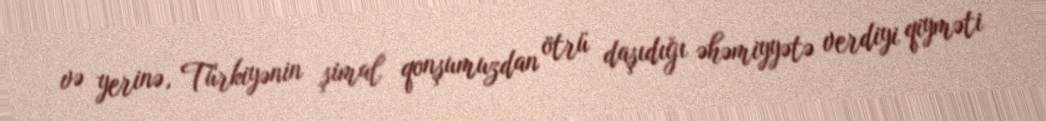
və yerinə, Türkiyənin şimal qonşumuzdan ötrü daşıdığı əhəmiyyətə verdiyi qiyməti